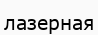
лазерная